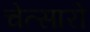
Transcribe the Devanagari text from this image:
चेत्सारो